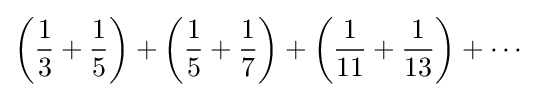
\left({{\frac {1}{3}}+{\frac {1}{5}}}\right)+\left({{\frac {1}{5}}+{\frac {1}{7}}}\right)+\left({{\frac {1}{11}}+{\frac {1}{13}}}\right)+\cdots